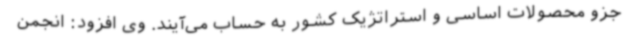
جزو محصولات اساسی و استراتژیک کشور به حساب می‌آیند. وی افزود: انجمن